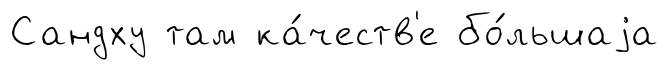
Сандху там ка́честв'е бо́льшаjа